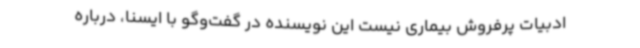
ادبیات پرفروش بیماری نیست این نویسنده در گفت‌وگو با ایسنا، درباره